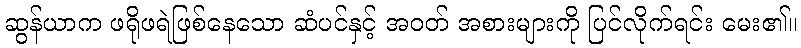
ဆွန်ယာက ဖရိုဖရဲဖြစ်နေသော ဆံပင်နှင့် အဝတ် အစားများကို ပြင်လိုက်ရင်း မေး၏။